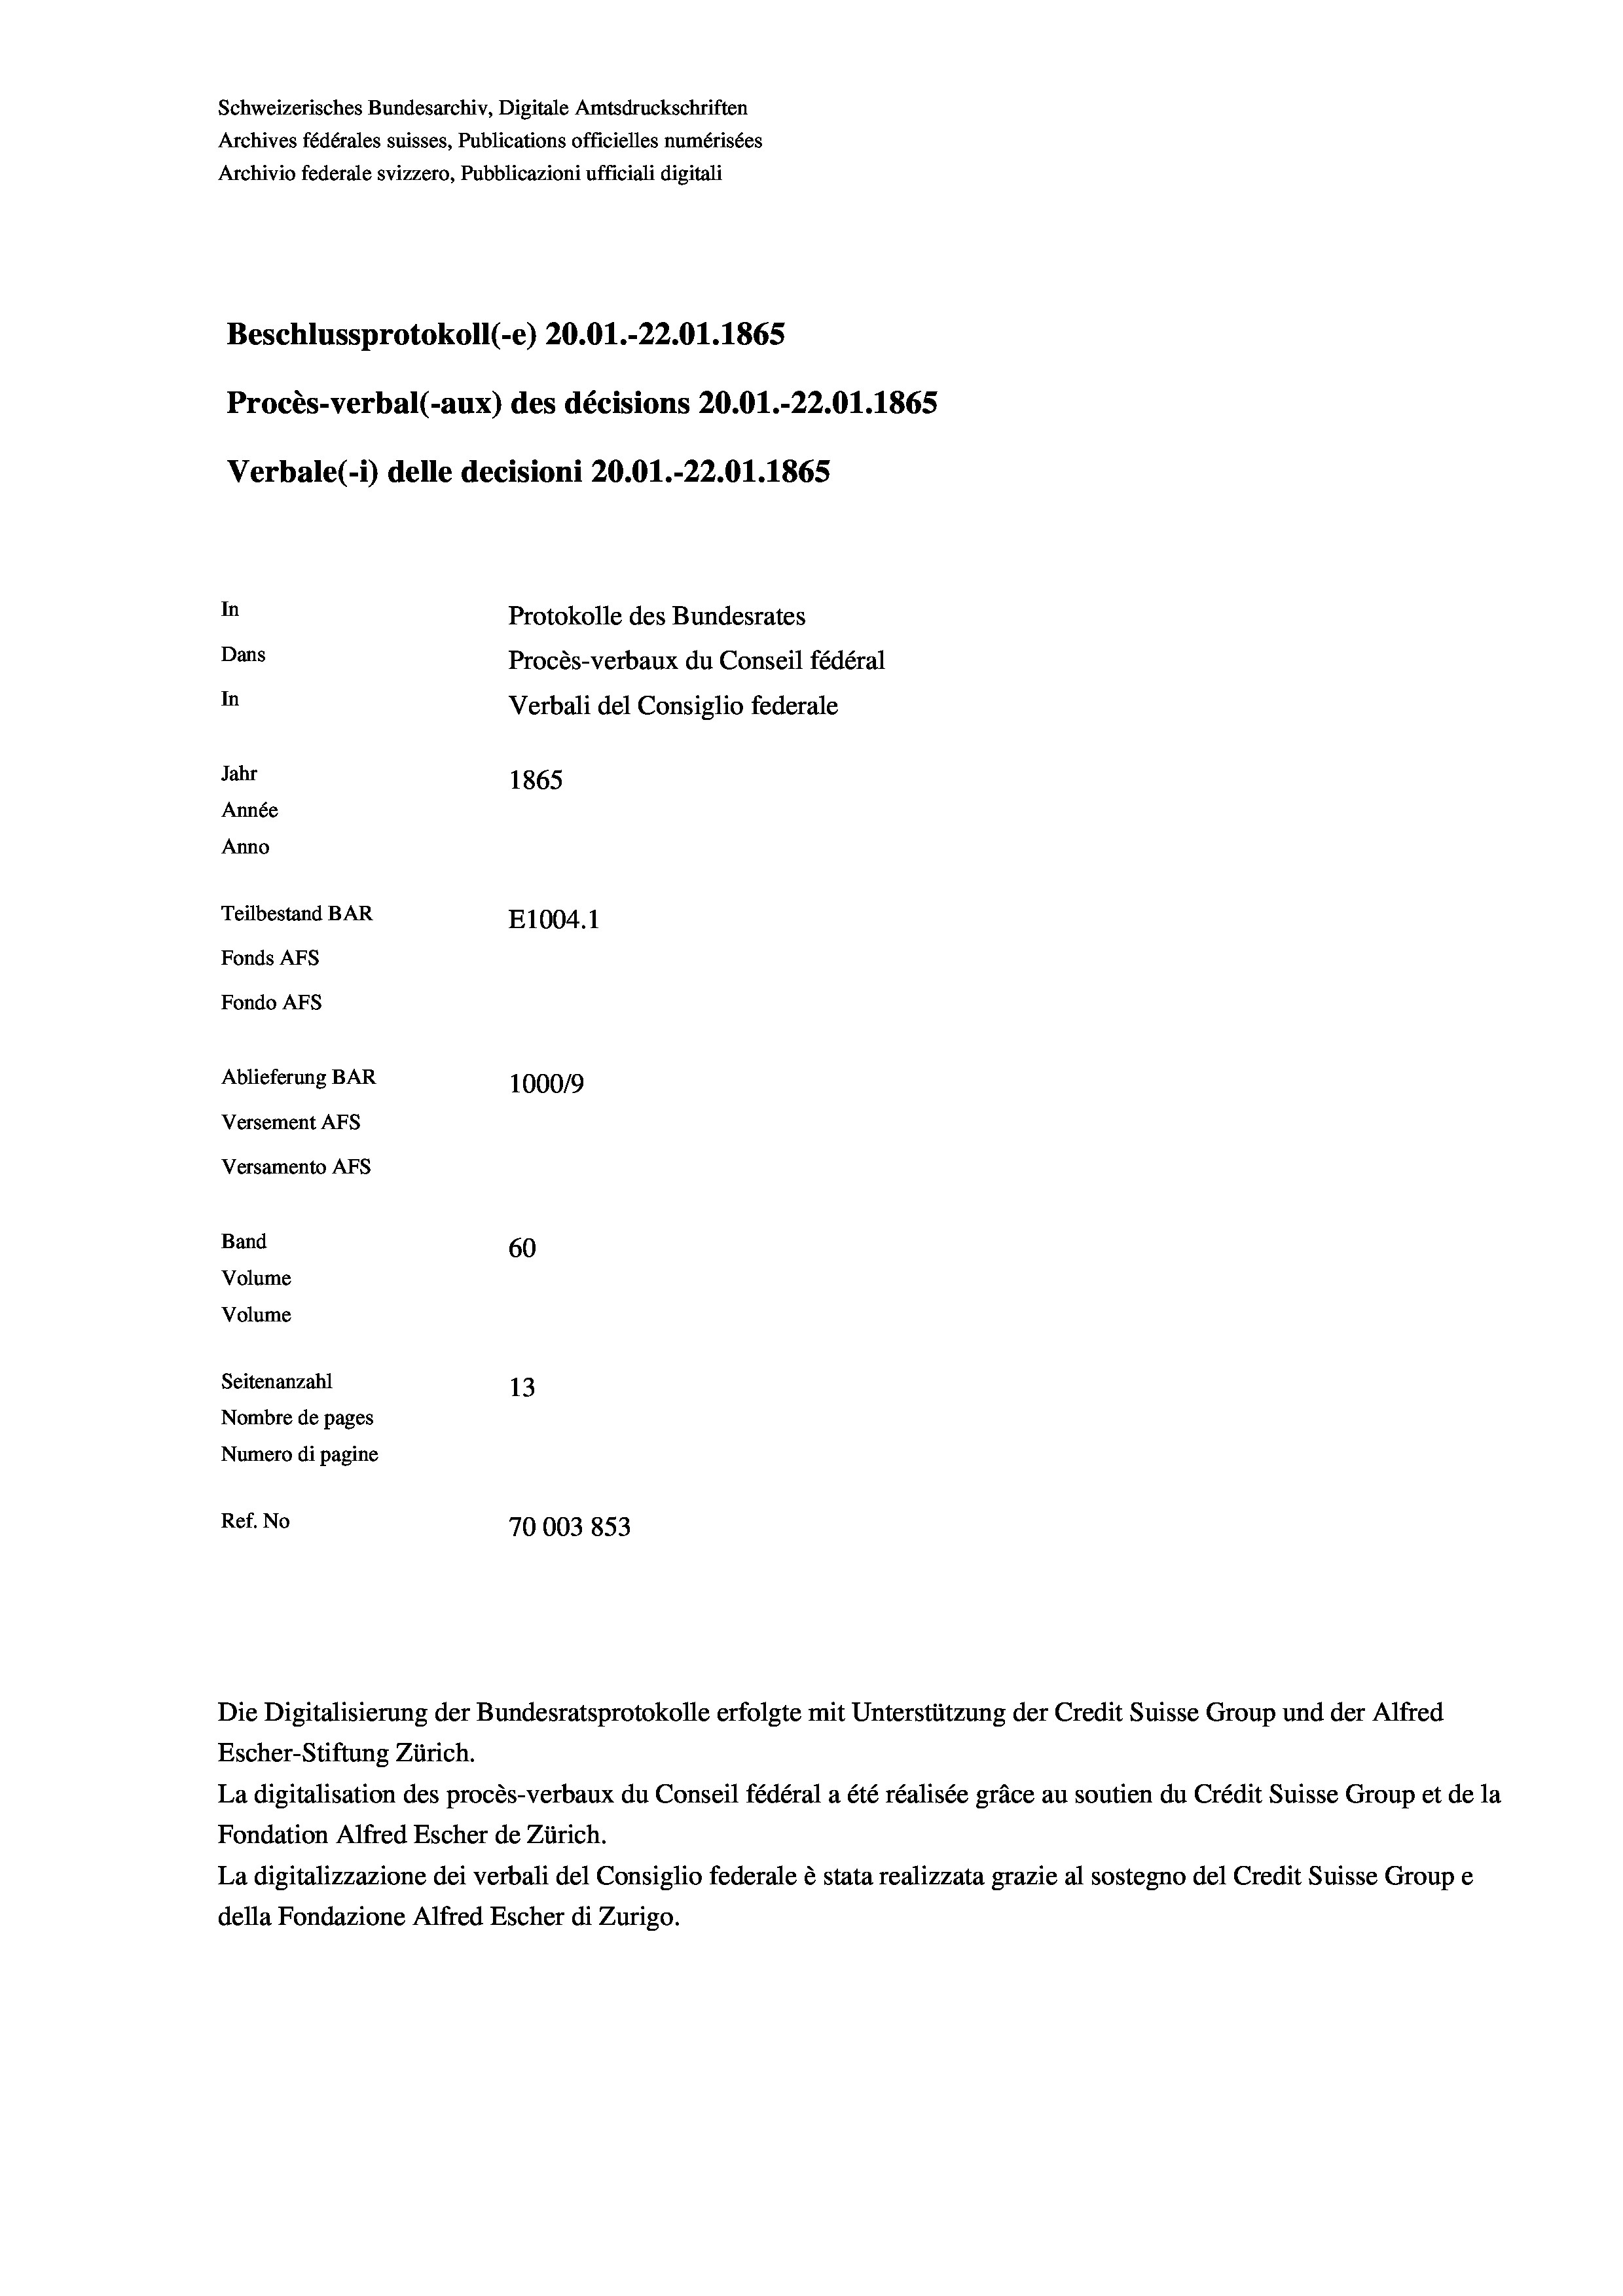
Schweizerisches Bundesarchiv, Digitale Amtsdruckschriften
Archives fédérales suisses, Publications officielles numérisées
Archivio federale svizzero, Pubblicazioni ufficiali digitali
Beschlussprotokoll (-e) 20.01.-22.01. 1865
Procès-verbal (-aux) des décisions 20.01.-22.01. 1865
Verbale (- 1) delle decisioni 20.01.-22.01. 1865
In
Protokolle des Bundesrates
Dans
Procès-verbaux du Conseil fédéral
In
Verbali del Consiglio federale
Jahr
1865
Année
Anno
Teilbestand BAR
E1004.1
Fonds AFs
Fondo Afs
Ablieferung BAR
100019
Versement AFs
Versamento Afs
Band
60
Volume
Volume

Seitenanzahl
13
Nombre de pages
Numero di pagine
Ref. No
70003853

Escher-Stiftung Zürich.
La digitalisation des procès-verbaux du Conseil fédéral a été réalisée gräce au soutien du Crédit Suisse Group et de la
Fondation Alfred Escher de Zürich.
La digitalizzazione dei verbali del Consiglio federale è stata realizzata grazie al sostegno del Credit Suisse Groupe
della Fondazione Alfred Escher di Zurigo.

Die Digitalisierung der Bundesratsprotokolle erfolgte mit Unterstützung der Credit Suisse Group und der Alfred